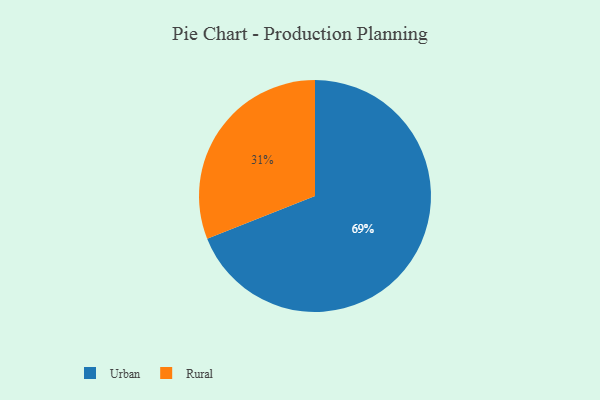
{"axis": {"x": "Category", "y": "Percentage"}, "legend": ["Rural", "Urban"], "data": [{"x": "Rural", "y": 31, "type": "Rural"}, {"x": "Urban", "y": 69, "type": "Urban"}]}